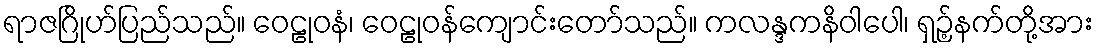
ရာဇဂြိုဟ်ပြည်သည်။ ဝေဠုဝနံ၊ ဝေဠုဝန်ကျောင်းတော်သည်။ ကလန္ဒကနိဝါပေါ၊ ရှဉ့်နက်တို့အား